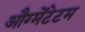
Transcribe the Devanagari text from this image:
औग्मेंटेटम